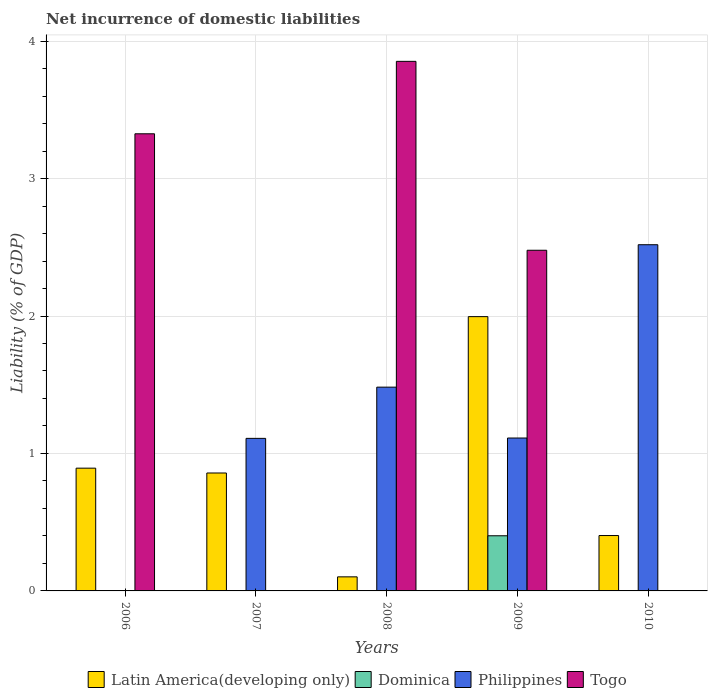
| Years | Latin America(developing only) | Dominica | Philippines | Togo |
 | --- | --- | --- | --- | --- |
 | 2006 | 0.893 | -6.78 | -0.101 | 3.33 |
 | 2007 | 0.858 | -1.11 | 1.11 | -0.468 |
 | 2008 | 0.102 | -0.849 | 1.48 | 3.85 |
 | 2009 | 2 | 0.401 | 1.11 | 2.48 |
 | 2010 | 0.403 | -0.375 | 2.52 | -2.66 |